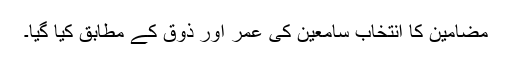
مضامین کا انتخاب سامعین کی عمر اور ذوق کے مطابق کیا گیا۔